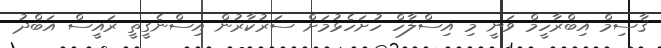
ޤާސިމް އިބްރާހީމް ވަނީ މި އިސްލާހް ހުށަހެޅުމަށް ސަރުކާރުން އިސްނެގީތީ ރައީސް އަބްދު